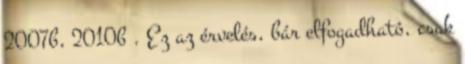
2007b, 2010b . Ez az érvelés, bár elfogadható, csak